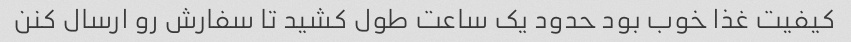
کیفیت غذا خوب بود حدود یک ساعت طول کشید تا سفارش رو ارسال کنن